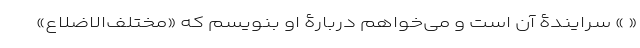
« » سُرایندۀ آن است و می‌خواهم دربارۀ او بنویسم که «مختلف‌الاضلاع»